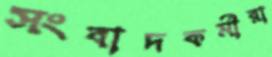
সংবাদকর্মীরা